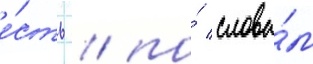
е́сть / по́ слова́м